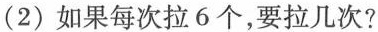
(2)如果每次拉6个，要拉几次?